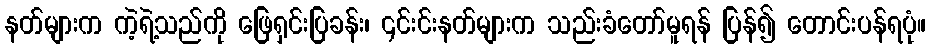
နတ်များက ကဲ့ရဲ့သည်ကို ဖြေရှင်းပြခန်း၊ ၎င်းင်းနတ်များက သည်းခံတော်မူရန် ပြန်၍ တောင်းပန်ရပုံ။